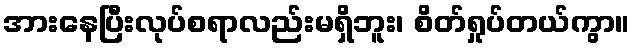
အားနေပြီးလုပ်စရာလည်းမရှိဘူး၊ စိတ်ရှုပ်တယ်ကွာ။